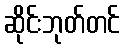
ဆိုင်းဘုတ်တင်